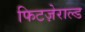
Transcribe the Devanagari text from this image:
फिटज़ेराल्ड